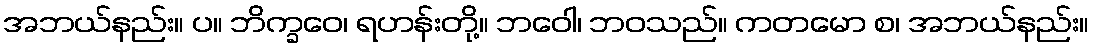
အဘယ်နည်း။ ပ။ ဘိက္ခဝေ၊ ရဟန်းတို့။ ဘဝေါ၊ ဘဝသည်။ ကတမော စ၊ အဘယ်နည်း။